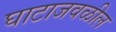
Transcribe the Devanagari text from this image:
घाटाजवळील